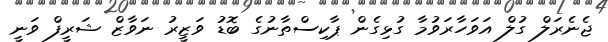
ޖެނެރަލް ގުލް އަވަހާރަވުމާ ގުޅިގެން ޕާކިސްތާނުގެ ބޮޑު ވަޒީރު ނަވާޒް ޝަރީފް ވަނީ